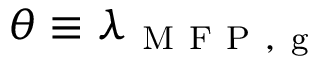
\theta \equiv \lambda _ { \mathrm { ~ M ~ F ~ P ~ , ~ g ~ } }